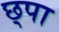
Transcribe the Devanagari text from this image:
छ्पा